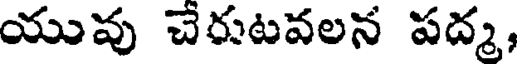
యువు చేరుటవలన పద్మ,